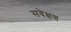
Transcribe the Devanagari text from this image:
सवेक्षण